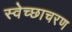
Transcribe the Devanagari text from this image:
स्वेच्छाचरण